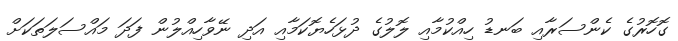
ގޮހޮރުގެ ކެންސަރާއި ބަނޑު ހިއްކުމާއި ލޮލުގެ ދުޅަހެޔޮކަމާއި އަދި ނޭވާހިއްލުން ފަދަ މައްސަލަތަކަށް